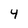
Character: 4